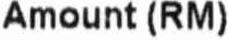
AMOUNT (RM)